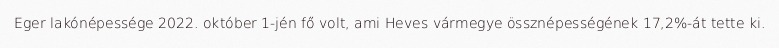
Eger lakónépessége 2022. október 1-jén fő volt, ami Heves vármegye össznépességének 17,2%-át tette ki.